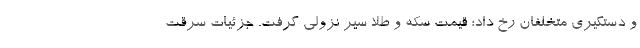
و دستگیری متخلفان رخ داد؛ قیمت‌ سکه و طلا سیر نزولی گرفت. جزئیات سرقت